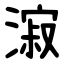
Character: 漃